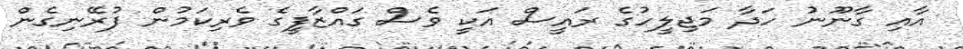
އާއި ގާނޫނު ހަދާ މަޖިލީހުގެ ރައީސް އަކީ ވެސް ގައްޒާފީގެ ވެރިކަމުން ފުރޭނިގެން